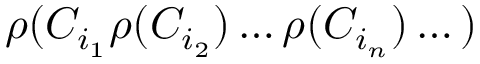
\rho ( C _ { i _ { 1 } } \rho ( C _ { i _ { 2 } } ) \dots \rho ( C _ { i _ { n } } ) \dots )